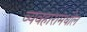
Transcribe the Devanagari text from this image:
व्यवहारामधील